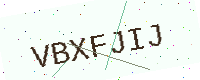
Text: VBXFJIJ